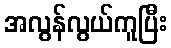
အလွန်လွယ်ကူပြီး